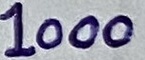
Text: 1000